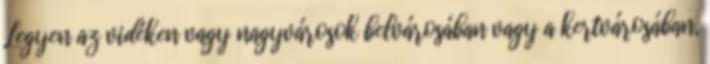
Legyen az vidéken vagy nagyvárosok belvárosában vagy a kertvárosában,